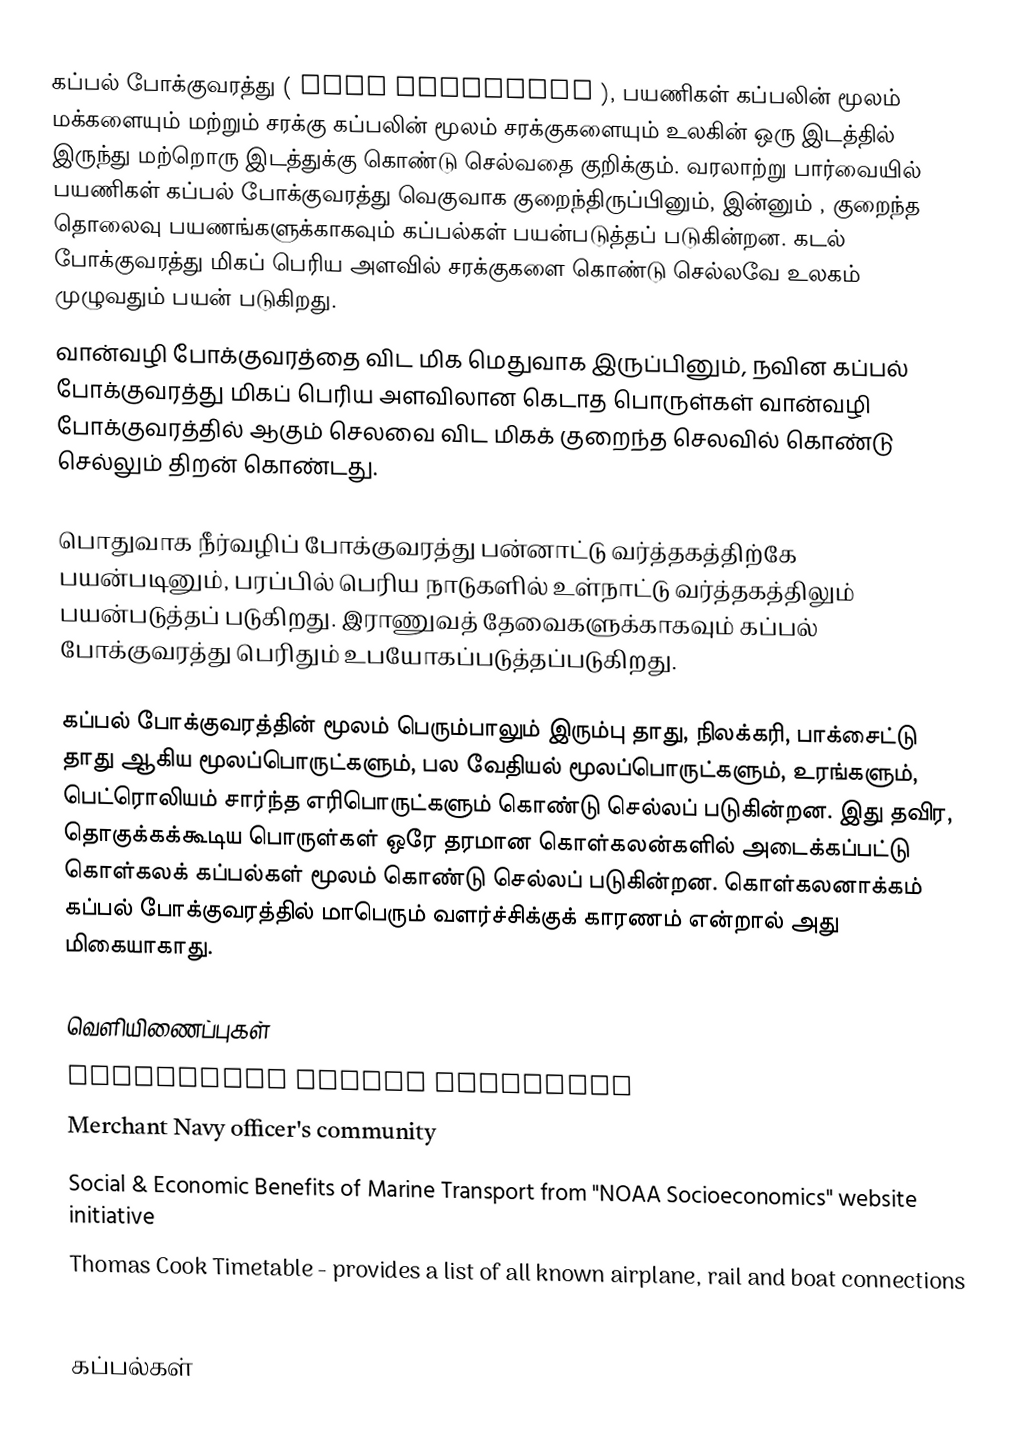
கப்பல்  போக்குவரத்து ( ship transport ), பயணிகள் கப்பலின் மூலம் மக்களையும் மற்றும் சரக்கு கப்பலின் மூலம் சரக்குகளையும் உலகின் ஒரு இடத்தில் இருந்து மற்றொரு இடத்துக்கு கொண்டு செல்வதை குறிக்கும். வரலாற்று பார்வையில் பயணிகள் கப்பல் போக்குவரத்து வெகுவாக குறைந்திருப்பினும், இன்னும் , குறைந்த தொலைவு பயணங்களுக்காகவும் கப்பல்கள் பயன்படுத்தப் படுகின்றன. கடல் போக்குவரத்து மிகப் பெரிய அளவில் சரக்குகளை கொண்டு செல்லவே உலகம் முழுவதும் பயன் படுகிறது.
வான்வழி போக்குவரத்தை விட மிக மெதுவாக இருப்பினும்,  நவின  கப்பல் போக்குவரத்து மிகப் பெரிய அளவிலான கெடாத பொருள்கள் வான்வழி போக்குவரத்தில் ஆகும் செலவை விட மிகக் குறைந்த செலவில் கொண்டு செல்லும் திறன் கொண்டது.

பொதுவாக நீர்வழிப் போக்குவரத்து பன்னாட்டு வர்த்தகத்திற்கே பயன்படினும், பரப்பில் பெரிய நாடுகளில்  உள்நாட்டு வர்த்தகத்திலும் பயன்படுத்தப் படுகிறது. இராணுவத் தேவைகளுக்காகவும் கப்பல் போக்குவரத்து பெரிதும் உபயோகப்படுத்தப்படுகிறது.

கப்பல் போக்குவரத்தின் மூலம் பெரும்பாலும்  இரும்பு தாது, நிலக்கரி, பாக்சைட்டு தாது ஆகிய மூலப்பொருட்களும், பல வேதியல் மூலப்பொருட்களும், உரங்களும், பெட்ரொலியம் சார்ந்த எரிபொருட்களும் கொண்டு செல்லப் படுகின்றன. இது தவிர, தொகுக்கக்கூடிய பொருள்கள் ஒரே தரமான கொள்கலன்களில் அடைக்கப்பட்டு கொள்கலக் கப்பல்கள் மூலம் கொண்டு செல்லப் படுகின்றன. கொள்கலனாக்கம் கப்பல் போக்குவரத்தில் மாபெரும் வளர்ச்சிக்குக் காரணம் என்றால் அது மிகையாகாது.

வெளியிணைப்புகள்
Mercantile Marine  community
Merchant Navy  officer's community
Social & Economic Benefits of Marine Transport from "NOAA Socioeconomics" website initiative
 Thomas Cook Timetable - provides a list of all known airplane, rail and boat connections
 AXS-Alphaliner Top 100 - liner market share in TEUs (updated daily)

கப்பல்கள்